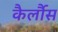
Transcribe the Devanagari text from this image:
कैर्लौस